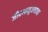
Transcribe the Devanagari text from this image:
जीवनानुभवाच्या